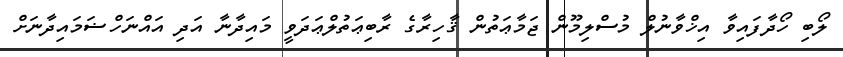
ލޯބި ހޯދާފައިވާ އިޚްވާނުލް މުސްލިމޫން ޖަމާޢަތުން ޤާހިރާގެ ރާބިޢަތުލްޢަދަވީ މައިދާނާ އަދި އައްނަހްޟަމައިދާނަށް